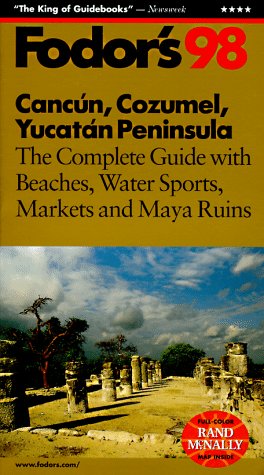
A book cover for Cancun, Cozumel, Yucatan Peninsula '98: The Complete Guide with Beaches, Water Sports, Markets and Maya Ruins (Fodor's Gold Guides); Fodor's; Travel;